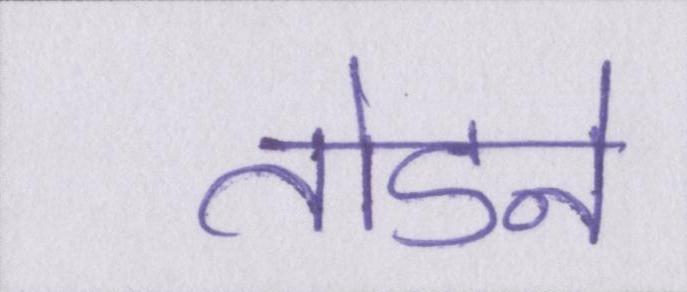
तोडने